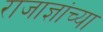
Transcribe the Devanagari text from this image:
राजाज्ञांच्या